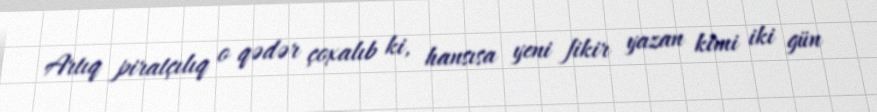
Artıq piratçılıq o qədər çoxalıb ki, hansısa yeni fikir yazan kimi iki gün